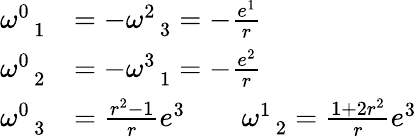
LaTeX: {\begin{array}{rl}{\omega_{\; \; 1}^{0}}&{=-\omega_{\; \; 3}^{2}=-{\frac{e^{1}}{r}}}\\ {\omega_{\; \; 2}^{0}}&{=-\omega_{\; \; 1}^{3}=-{\frac{e^{2}}{r}}}\\ {\omega_{\; \; 3}^{0}}&{={\frac{r^{2}-1}{r}}e^{3}\quad\quad\omega_{\; \; 2}^{1}={\frac{1+2r^{2}}{r}}e^{3}}\end{array}}